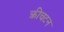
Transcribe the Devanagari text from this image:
क्रीचटन